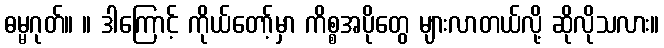
ဓမ္မဂုတ်။ ။ ဒါကြောင့် ကိုယ်တော့်မှာ ကိစ္စအပိုတွေ များလာတယ်လို့ ဆိုလိုသလား။